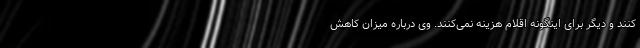
کنند و دیگر برای اینگونه اقلام هزینه نمی‌کنند. وی درباره میزان کاهش